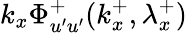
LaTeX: k_{x}\Phi_{u^{\prime}u^{\prime}}^{+}(k_{x}^{+},\lambda_{x}^{+})